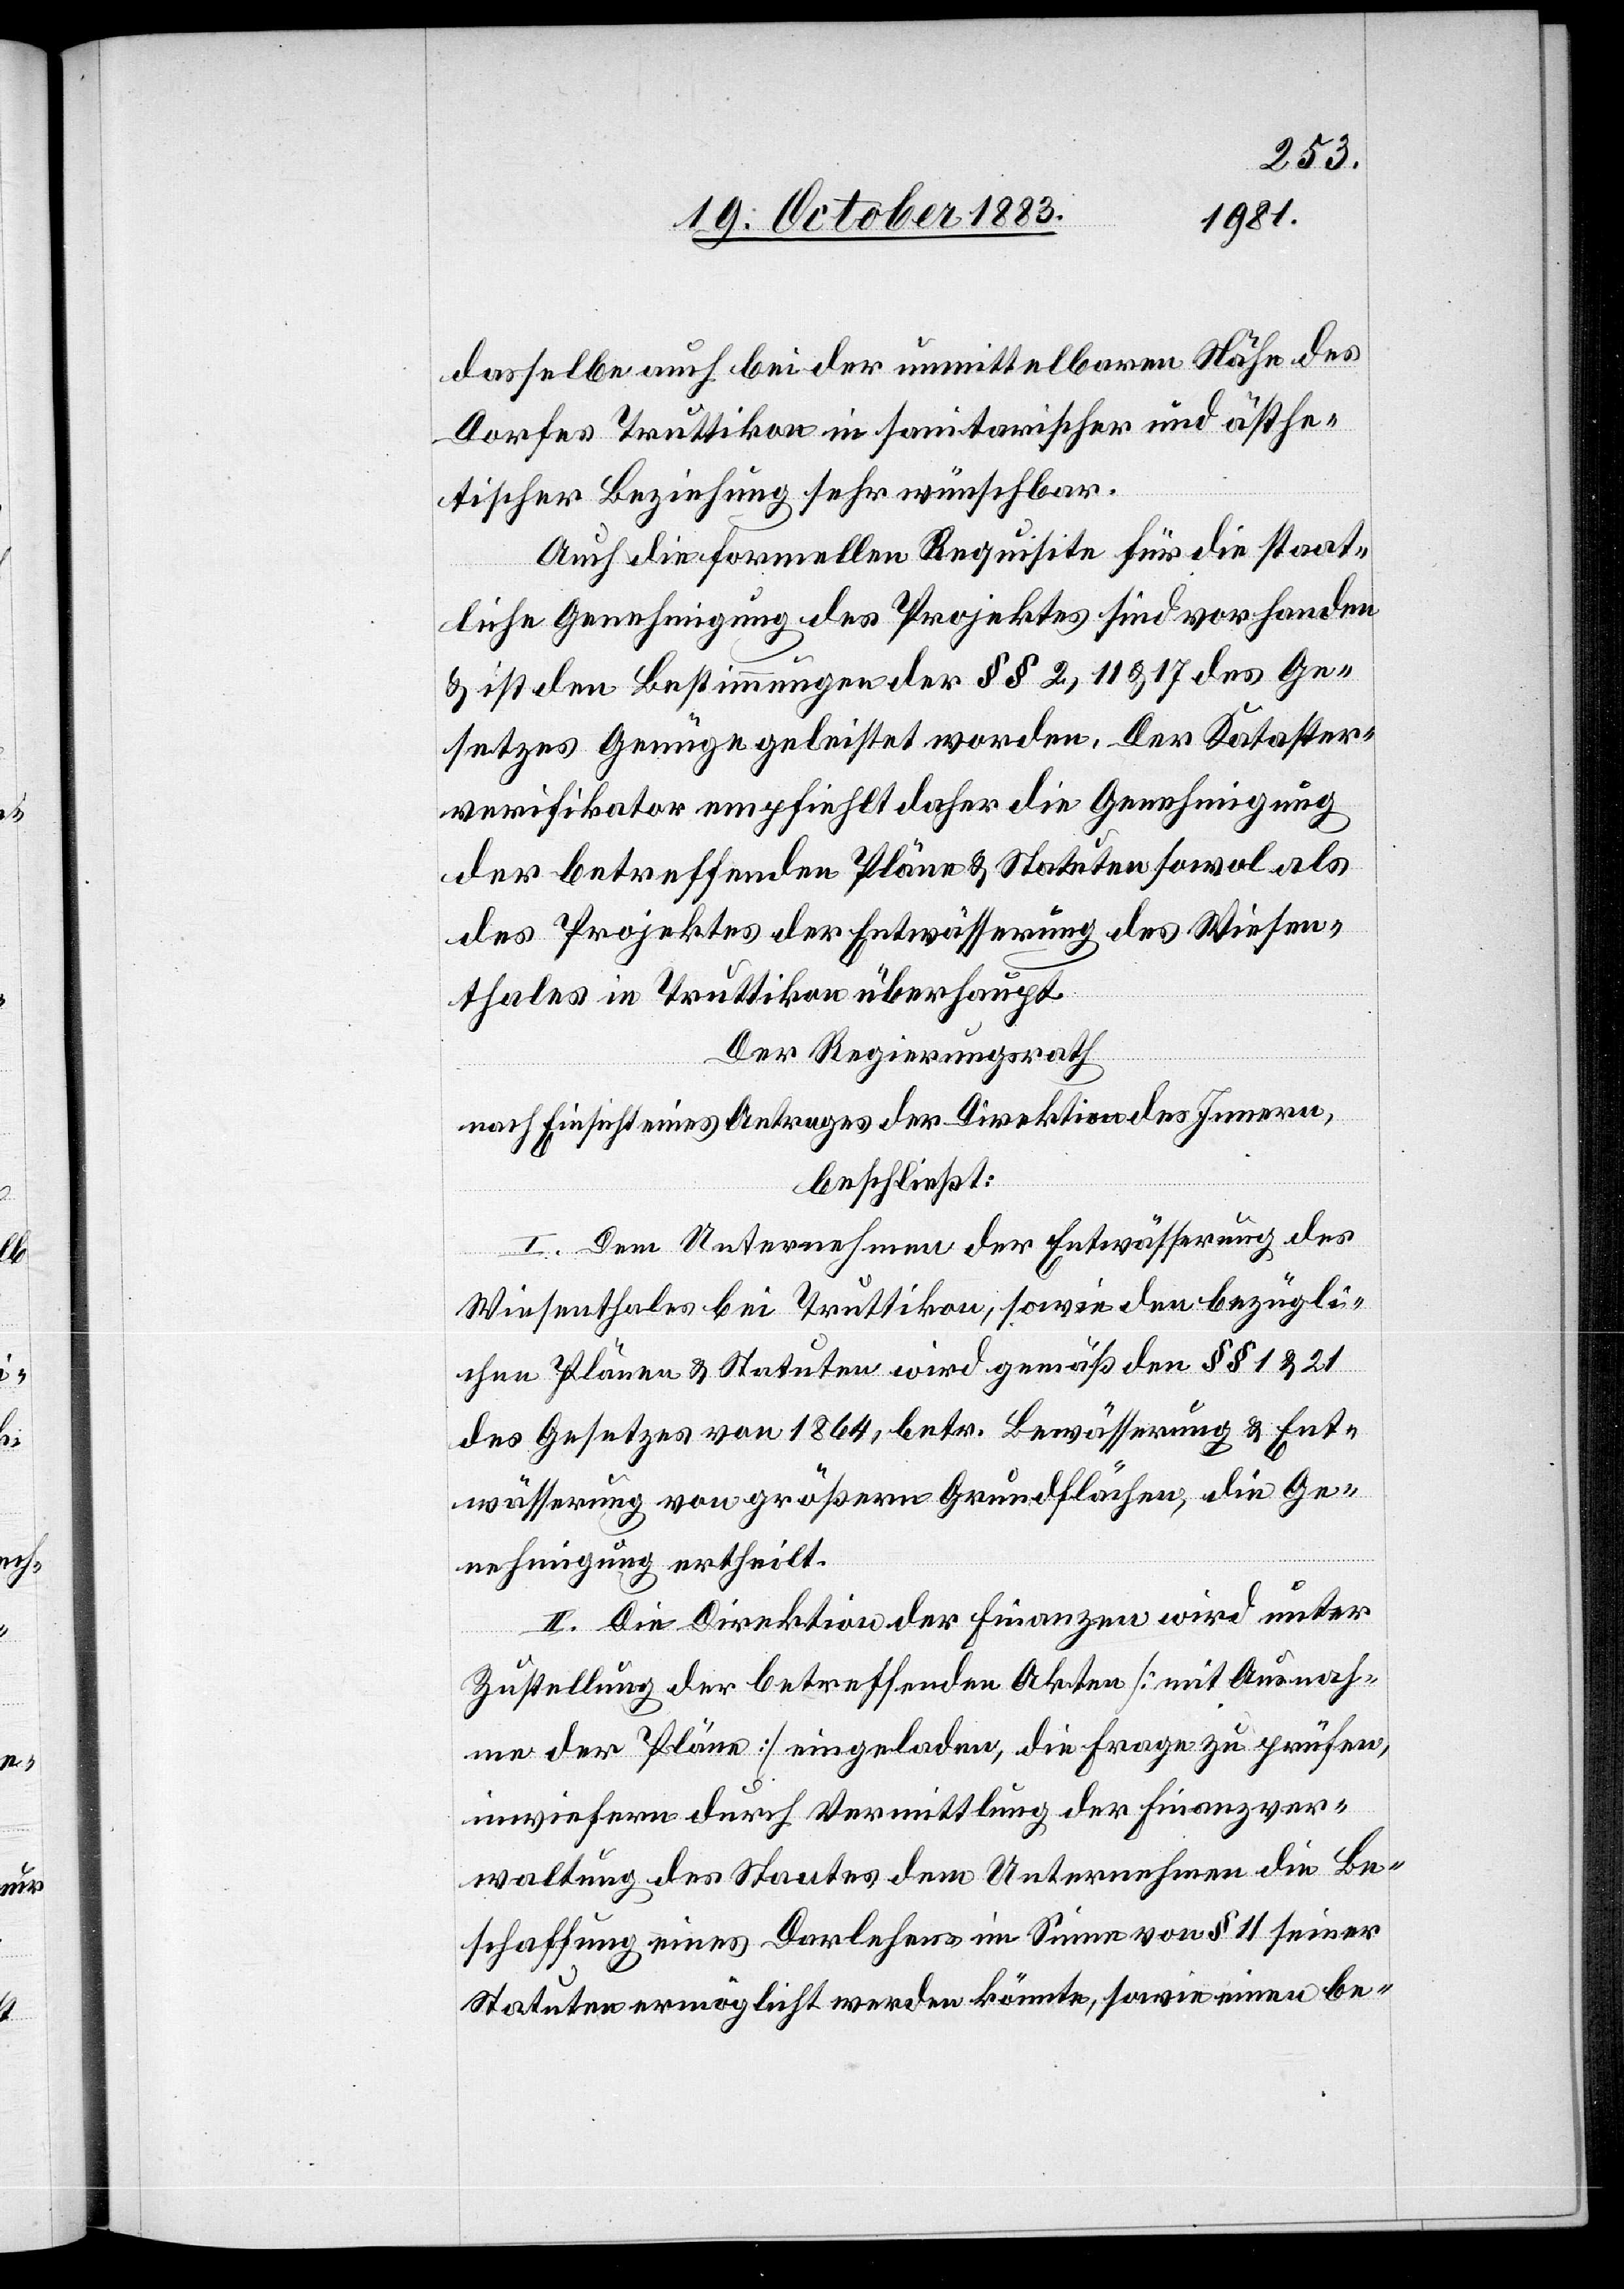
dasselbe auch bei der unmittelbaren Nähe des
Dorfes Truttikon in sanitarischer und ästhe¬
tischer Beziehung sehr wünschbar.
Auch die formellen Requisite für die staat¬
liche Genehmigung des Projektes sind vorhanden
& ist den Bestimmungen der §§ 2, 11, & 17 des Ge¬
setzes Genüge geleistet worden. Der Kataster¬
verifikator empfiehlt daher die Genehmigung
der betreffenden Pläne & Statuten sowol als
des Projektes der Entwässerung des Wiesen¬
thales in Truttikon überhaupt.
Der Regierungsrath,
nach Einsicht eines Antrages der Direktion des Innern,
beschließt:
I. Dem Unternehmen der Entwässerung des
Wiesenthales bei Truttikon, sowie den bezügli¬
chen Plänen & Statuten wird gemäß den §§ 1 & 21
des Gesetzes von 1864 betr. Bewässerung & Ent¬
wässerung von größern Grundflächen, die Ge¬
nehmigung ertheilt.
II. Die Direktion der Finanzen wird unter
Zustellung der betreffenden Akten [mit Ausnah¬
me der Pläne] eingeladen, die Frage zu prüfen,
inwiefern durch Vermittlung der Finanzver¬
waltung des Staates dem Unternehmen die Be¬
schaffung eines Darlehens im Sinne von § 11 seiner
Statuten ermöglicht werden könnte, sowie einen be-